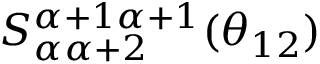
S _ { \alpha \alpha + 2 } ^ { \alpha + 1 \alpha + 1 } ( \theta _ { 1 2 } )